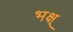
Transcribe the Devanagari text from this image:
भक्ष्